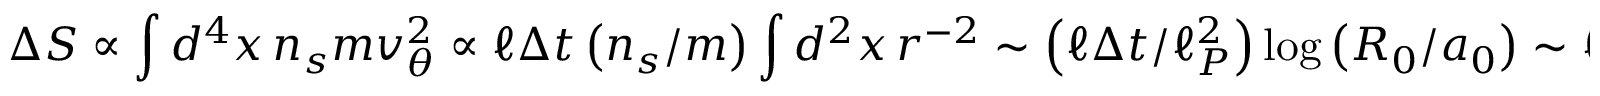
\Delta S \propto \int d ^ { 4 } x \, n _ { s } m v _ { \theta } ^ { 2 } \propto \ell \Delta t \left( n _ { s } / m \right) \int d ^ { 2 } x \, r ^ { - 2 } \sim \left( \ell \Delta t / \ell _ { P } ^ { 2 } \right) \log \left( R _ { 0 } / a _ { 0 } \right) \sim \ell \Delta t / \ell _ { P } ^ { 2 }